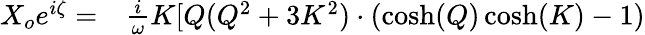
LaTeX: \begin{array}{rl}{X_{o}e^{i\zeta}=}&{{}\frac{i}{\omega}K[Q(Q^{2}+3K^{2})\cdot(\cosh(Q)\cosh(K)-1)}\end{array}